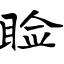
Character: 睑